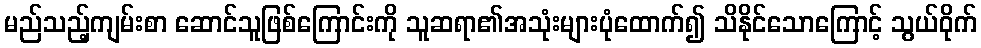
မည်သည့်ကျမ်းစာ ဆောင်သူဖြစ်ကြောင်းကို သူဆရာ၏အသုံးများပုံထောက်၍ သိနိုင်သောကြောင့် သွယ်ဝိုက်